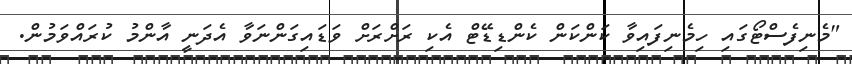
"މެނިފެސްޓޯގައި ހިމެނިފައިވާ ކަންކަން ކެންޑިޑޭޓް އެކި ރަށްރަށް ވަޑައިގަންނަވާ އެދަނީ އާންމު ކުރައްވަމުން.